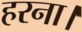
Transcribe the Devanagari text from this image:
हरना।